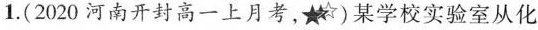
1.(2020河南开封高一上月考)某学校实验室从化